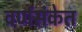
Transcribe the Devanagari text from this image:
वर्णसंकेत